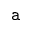
\mathtt { a }